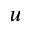
\boldsymbol { u }